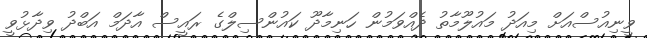
ވީނިއުސްއަށް މިއަދު މައުލޫމާތު ދެއްވަމުން ހަނިމާދޫ ކައުންސިލްގެ ރައީސް އާދަމް އަބްދު ވިދާޅުވީ